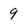
Character: 9